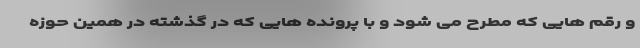
و رقم هایی که مطرح می شود و با پرونده هایی که در گذشته در همین حوزه